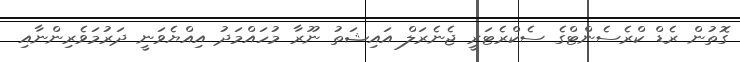
ގޮތުން ރެޑް ކްރެސެންޓްގެ ސެކްރެޓަރީ ޖެނެރަލް އައިޝަތު ނޫރާ މުހައްމަދު އިއްޔެވަނީ ދަރުމަވެރިންނާއި